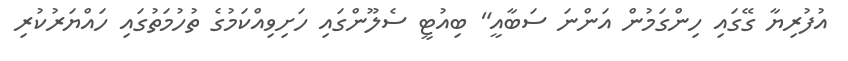
އުފުރިޔާ ގޭގައި ހިންގަމުން އަންނަ ސަބާއީ" ބިއުޓީ ސެލޫންގައި ހަށިވިއްކަމުގެ ތުހުމަތުގައި ހައްޔަރުކުރި